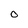
Character: O